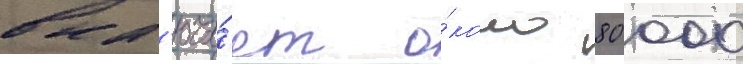
вкл'юча́ет о́коло 80 000